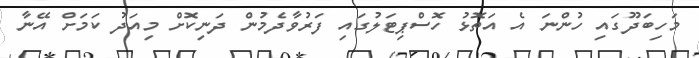
މަހިބަދޫގައި ހުންނަ އެ އަތޮޅު ހޮސްޕިޓަލުގައި ފަރުވާދެމުން ދަނިކޮށް މިއަދު ކަމަށް އޭނާ